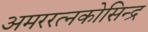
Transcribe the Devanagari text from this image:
अमररत्नकोसिन्द्र